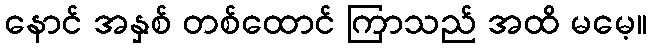
နောင် အနှစ် တစ်ထောင် ကြာသည် အထိ မမေ့။